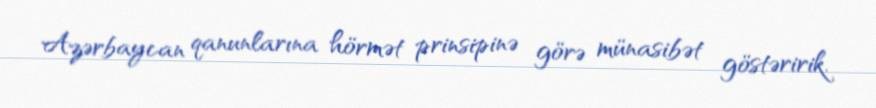
Azərbaycan qanunlarına hörmət prinsipinə görə münasibət göstəririk.